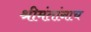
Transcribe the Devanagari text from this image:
श्रीमंतांनाच